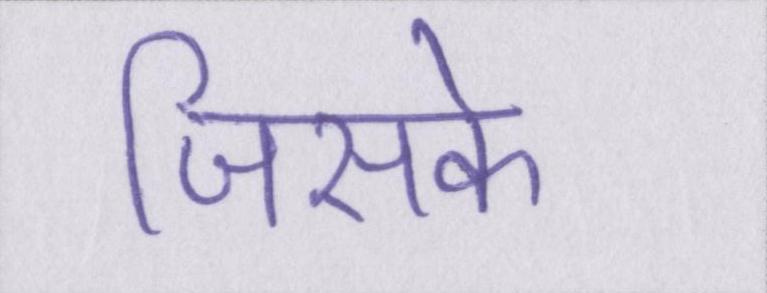
जिसके